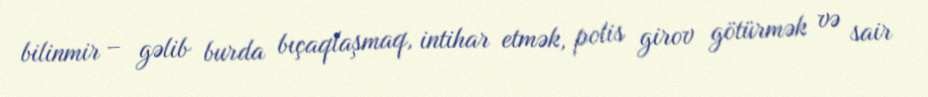
bilinmir – gəlib burda bıçaqlaşmaq, intihar etmək, polis girov götürmək və sair